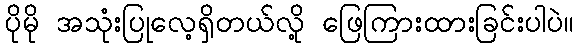
ပိုမို အသုံးပြုလေ့ရှိတယ်လို့ ဖြေကြားထားခြင်းပါပဲ။